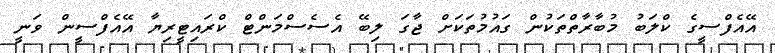
އޭއެފްސީގެ ކްލަބު މުބާރާތްތަކުން ގައުމުތަކަށް ޖާގަ ލިބޭ އެސެސްމަންޓް ކްރައިޓީރިޔާ އޭއެފްސީން ވަނީ